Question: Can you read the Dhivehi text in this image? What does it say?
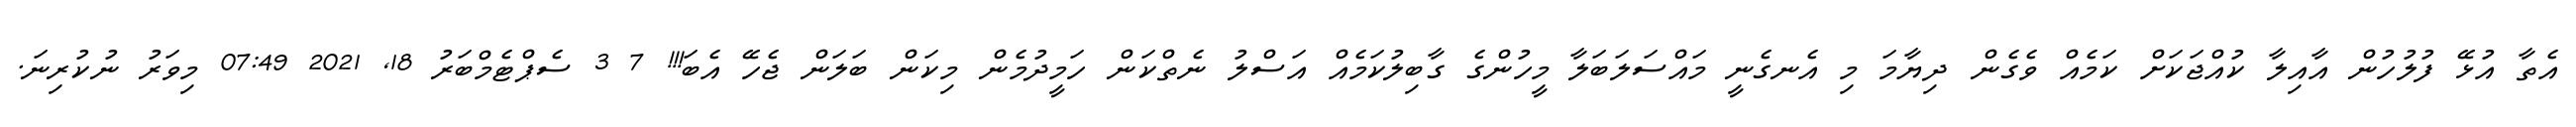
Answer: އެތާ އުޅޭ ފުލުހުން އާއިލާ ކުއްޖަކަށް ކަމެއް ވެގެން ދިޔާމަ މި އެނގެނީ މައްސަލަބަލާ މީހުންގެ ގާބިލުކަމެއް އަސްލު ނެތްކަން ހަމީދުމެން މިކަން ބަލަން ޖެހޭ އެބަ!!! 7 3 ސެޕްޓެމްބަރު 18, 2021 07:49 މިވަރު ނުކުރިނަ.